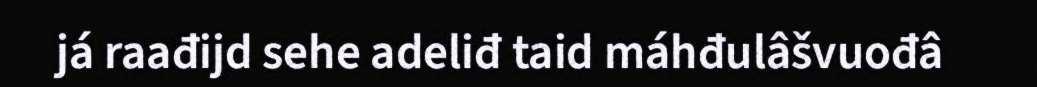
já raađijd sehe adeliđ taid máhđulâšvuođâ